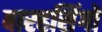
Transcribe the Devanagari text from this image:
बारहसिंगों